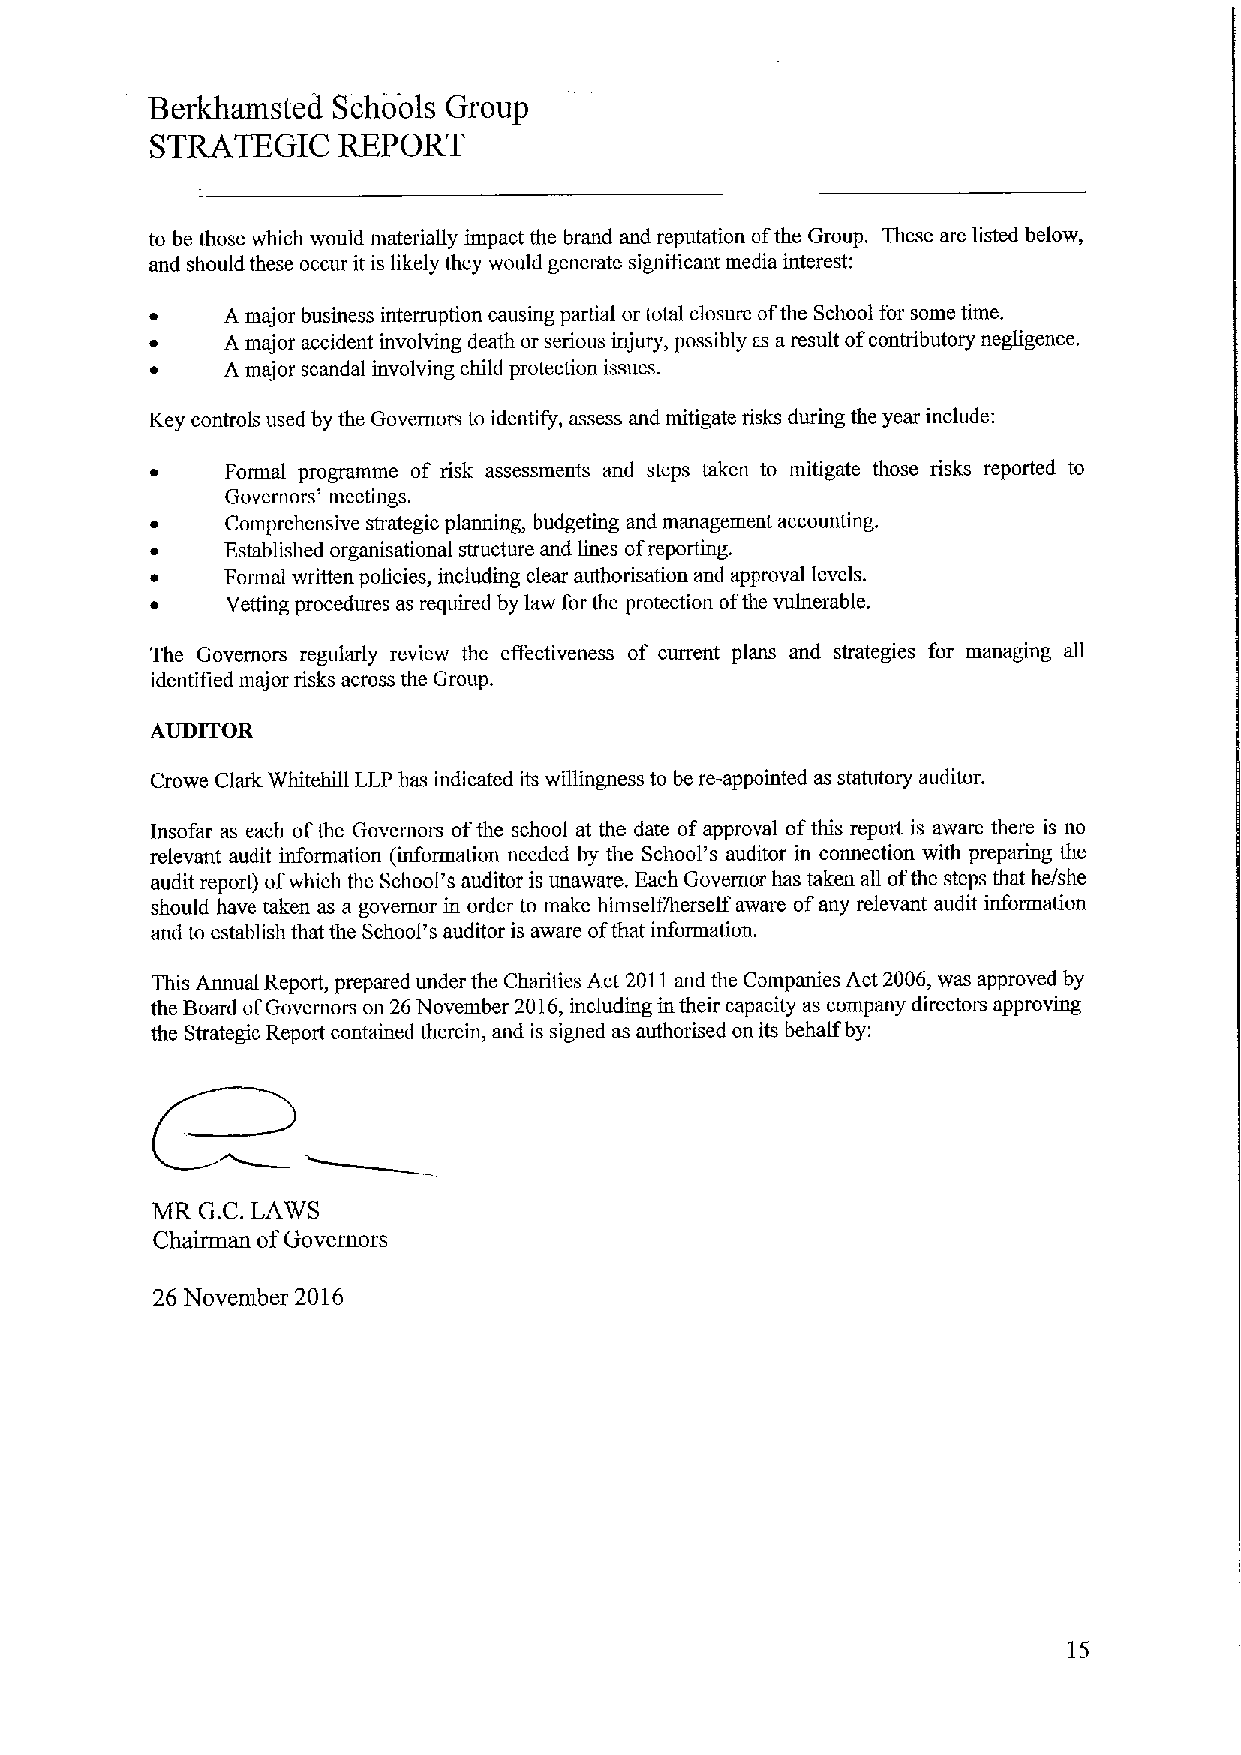
Berkhamsted Schools Group
 STRATEGIC   REPORT
 to be those which would materially impact the brand and reputation ofthe Group. These are listed below,
 and should these occur it is likely they would generate significant media interest:
 A major business interruption causing partial ortotal closure ofthe School for some time.
 A major accident involving death or serious injury, possibly as aresult ofconnibutoty negligence.
 A major scandal involving child protection issues.
 Key connols used by the Governors to identify, assess and mitigate risks during the year include:
 Formal programme of risk assessments and steps taken to mitigate those risks reported to
 Governors' meetings.
 Comprehensive strategic planning, budgeting and management accounting,
 Established organisational structure and lines ofreporting.
 Formal written policies, including clear authorisation and approval levels.
 Vetting procedures as required by law forthe protection ofthe vulnerable.
 The Governors regularly review the effectiveness of current plans and strategies for managing all
 identified major risks across the Group.
 AUD1TOR
 Crowe Clark Whitehill LLP has indicated its willingness to be re-appointed as statutory auditor.
 Insofar as each ofthe Governors ofthe school at the date ofapproval ofthis report is aware there is no
 relevant audit information (information needed by the School's auditor in connection with preparing the
 audit report) ofwhich the School's auditor is unaware. Each Governor has taken all ofthe steps that he/she
 should have taken as a governor in order to make himself/herself aware ofany relevant audit infoimation
 and to establish that the School's auditor is aware ofthat information.
 This Annual Report, prepared under the Charities Act 201I and the Companies Act 2006, was approved by
 the Board ofGovernors on 26November 2016,including in their capacity as company directors approving
 the Strategic Report contained therein, and is signed as authorised on its behalf by:
 MR G.C.LAWS
 Chairman ofGovernors
 26 November 2016